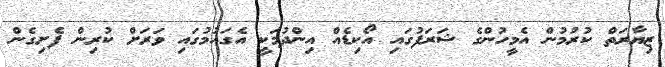
ޒިޔާރަތް ކުރުމުން އެމީހުންގެ ޝަރަފުގައި އޯކިޑެއް އިންދުމަކީ އެގައުމުގައި ވަރަށް ކުރިން ފެށިގެން